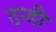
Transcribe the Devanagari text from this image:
ठन्डी